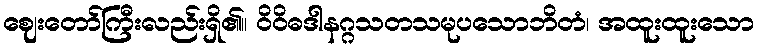
ဈေးတော်ကြီးလည်းရှိ၏။ ဝိဝိဓဒါနဂ္ဂသတသမုပသောဘိတံ၊ အထူးထူးသော